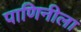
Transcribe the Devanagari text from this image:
पाणिनीला